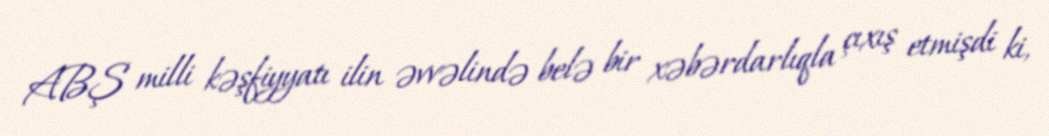
ABŞ milli kəşfiyyatı ilin əvvəlində belə bir xəbərdarlıqla çıxış etmişdi ki,